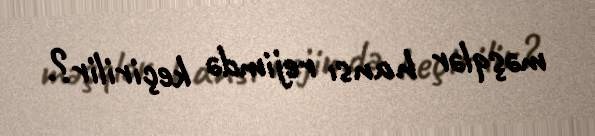
məşqlər hansı rejimdə keçirilir?.